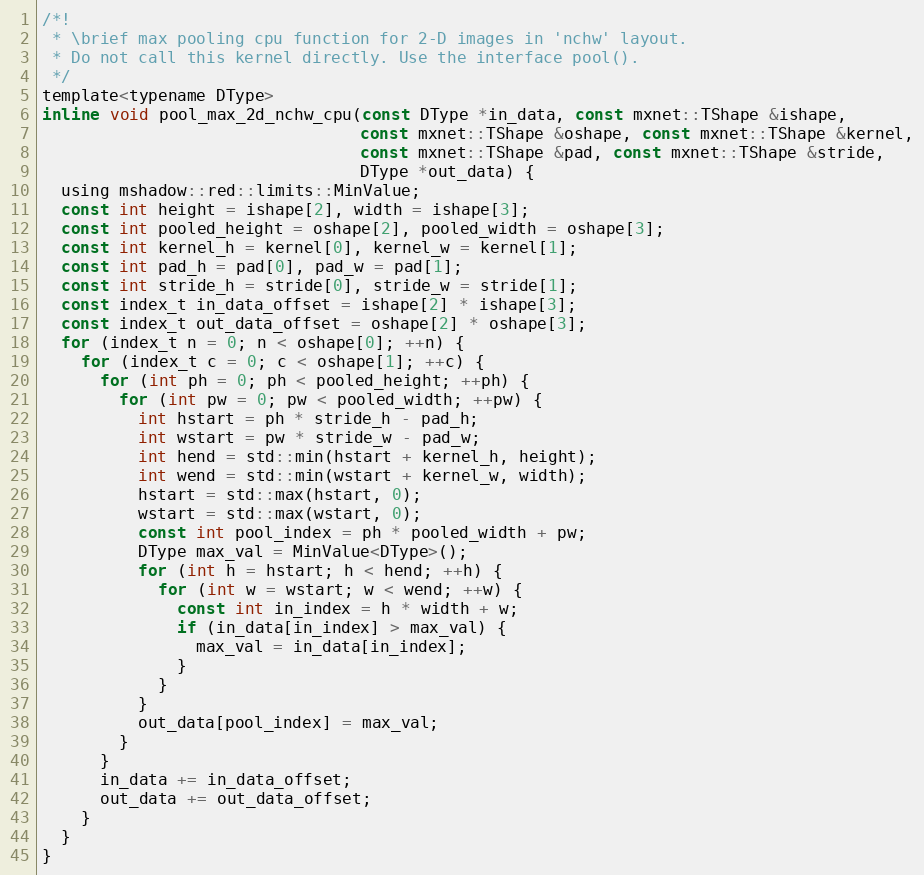
Language: C
/*!
 * \brief max pooling cpu function for 2-D images in 'nchw' layout.
 * Do not call this kernel directly. Use the interface pool().
 */
template<typename DType>
inline void pool_max_2d_nchw_cpu(const DType *in_data, const mxnet::TShape &ishape,
                                 const mxnet::TShape &oshape, const mxnet::TShape &kernel,
                                 const mxnet::TShape &pad, const mxnet::TShape &stride,
                                 DType *out_data) {
  using mshadow::red::limits::MinValue;
  const int height = ishape[2], width = ishape[3];
  const int pooled_height = oshape[2], pooled_width = oshape[3];
  const int kernel_h = kernel[0], kernel_w = kernel[1];
  const int pad_h = pad[0], pad_w = pad[1];
  const int stride_h = stride[0], stride_w = stride[1];
  const index_t in_data_offset = ishape[2] * ishape[3];
  const index_t out_data_offset = oshape[2] * oshape[3];
  for (index_t n = 0; n < oshape[0]; ++n) {
    for (index_t c = 0; c < oshape[1]; ++c) {
      for (int ph = 0; ph < pooled_height; ++ph) {
        for (int pw = 0; pw < pooled_width; ++pw) {
          int hstart = ph * stride_h - pad_h;
          int wstart = pw * stride_w - pad_w;
          int hend = std::min(hstart + kernel_h, height);
          int wend = std::min(wstart + kernel_w, width);
          hstart = std::max(hstart, 0);
          wstart = std::max(wstart, 0);
          const int pool_index = ph * pooled_width + pw;
          DType max_val = MinValue<DType>();
          for (int h = hstart; h < hend; ++h) {
            for (int w = wstart; w < wend; ++w) {
              const int in_index = h * width + w;
              if (in_data[in_index] > max_val) {
                max_val = in_data[in_index];
              }
            }
          }
          out_data[pool_index] = max_val;
        }
      }
      in_data += in_data_offset;
      out_data += out_data_offset;
    }
  }
}